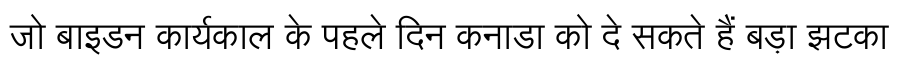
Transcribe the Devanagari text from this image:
जो बाइडन कार्यकाल के पहले दिन कनाडा को दे सकते हैं बड़ा झटका